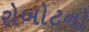
રોબોટનો